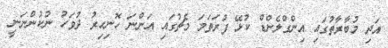
އަދި މުބާރާތުގައި އިންގްލެންޑް ކުޅޭ ފުރަތަމަ މެޗުގައި އަންނަ ހޮނިހިރު ދުވަހު ނުކުންނަނީ